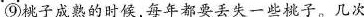
⑨桃子成熟的时候，每年都要丢失一些桃子。几次